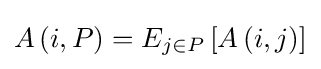
A\left(i,P\right)=E_{j\in P}\left[A\left(i,j\right)\right]